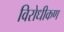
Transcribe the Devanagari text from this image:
विरोधीकण